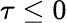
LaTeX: \tau\leq 0